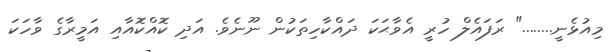
މިއުޅެނީ........" ރަފައެލް ހުރީ އެވާޙަކަ ދައްކާހިތަކުން ނޫނެވެ. އަދި ކޮއްކޮއާއި އަމީރާގެ ވާހަކަ